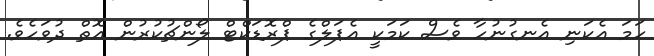
ހަމަ އެކަނި އެނގުނުހާ ވެސް ކަމަކީ އެޕަލްގެ ޕްރޮޑަކްޓް ލޯންޗުކުރުން އޮތް ދުވަހެވެ.